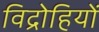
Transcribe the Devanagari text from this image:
विद्राेहियों